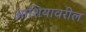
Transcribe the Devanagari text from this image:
आशियावरील